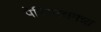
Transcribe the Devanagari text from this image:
पेरिंथलामन्ना